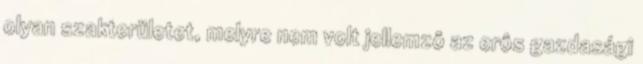
olyan szakterületet, melyre nem volt jellemzô az erôs gazdasági